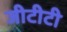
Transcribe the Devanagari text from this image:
जीटीटी